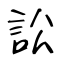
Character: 訟